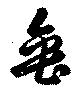
缶